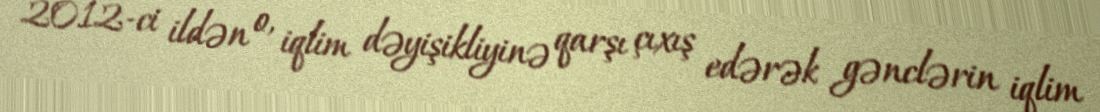
2012-ci ildən o, iqlim dəyişikliyinə qarşı çıxış edərək gənclərin iqlim